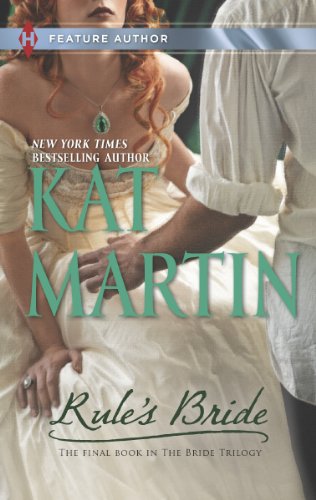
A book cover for Rule's Bride (Harlequin Feature Author); Kat Martin; Romance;